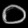
Digit: ၀